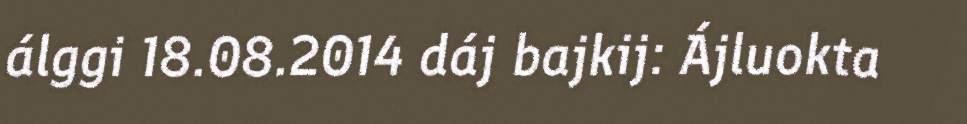
álggi 18.08.2014 dáj bajkij: Ájluokta